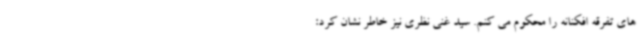
های تفرقه افکنانه را محکوم می کنم. سید غنی نظری نیز خاطر نشان کرد: